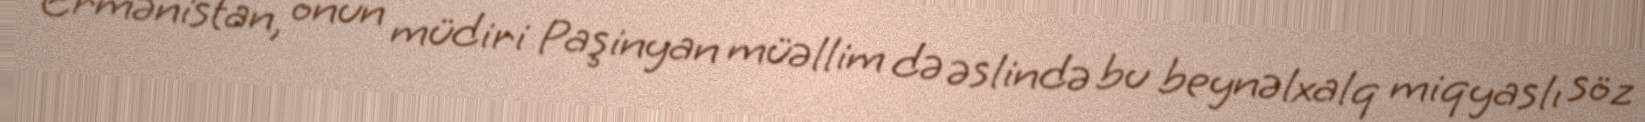
Ermənistan, onun müdiri Paşinyan müəllim də əslində bu beynəlxalq miqyaslı söz